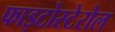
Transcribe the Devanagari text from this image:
फाइटोस्टेरोल